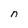
Character: n